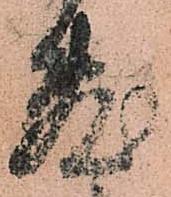
敷